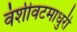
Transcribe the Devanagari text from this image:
वंशीवटमाधुरी